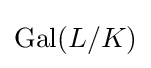
{\text{Gal}}(L/K)